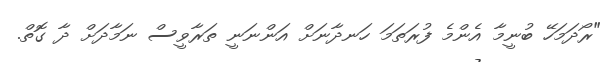
"ރޯދަމަހޭ ބުނީމާ އެންމެ ފުރަތަމަ ހަނދާނަށް އަންނަނީ ތަރާވީސް ނަމާދަށް ދާ ގޮތް.